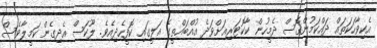
އެކިވާހަކަތައް ދައްކަމުންގޮސް ދެމީހުން ކާކޮޓަރިއަށްވަދެ އުއްބައްތީގެ އަލީގައި ކޮފީހެދިއެވެ. ލޫކަސް އެދިގެން ކަމީލާވެސް